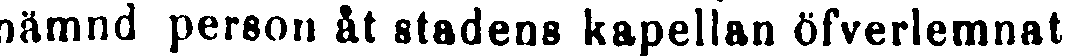
nämnd person ät stadens kapellan öfverlemnat